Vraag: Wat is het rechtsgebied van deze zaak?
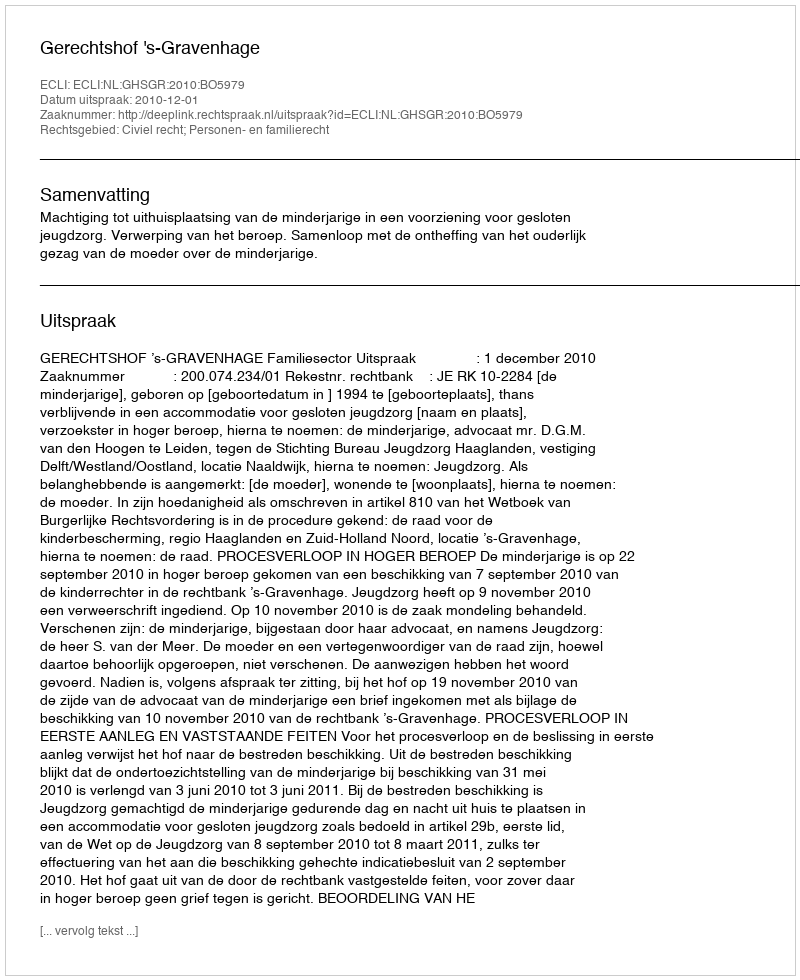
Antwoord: Civiel recht; Personen- en familierecht